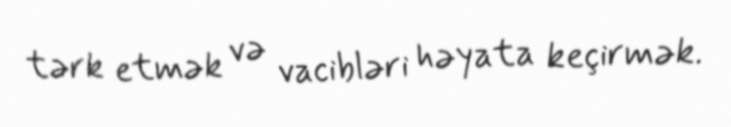
tərk etmək və vacibləri həyata keçirmək.